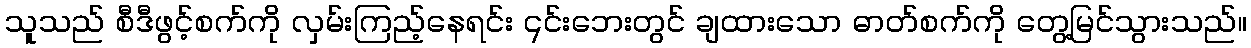
သူသည် စီဒီဖွင့်စက်ကို လှမ်းကြည့်နေရင်း ၎င်းဘေးတွင် ချထားသော ဓာတ်စက်ကို တွေ့မြင်သွားသည်။